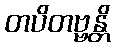
တပိတဗ္ဗန္တိ